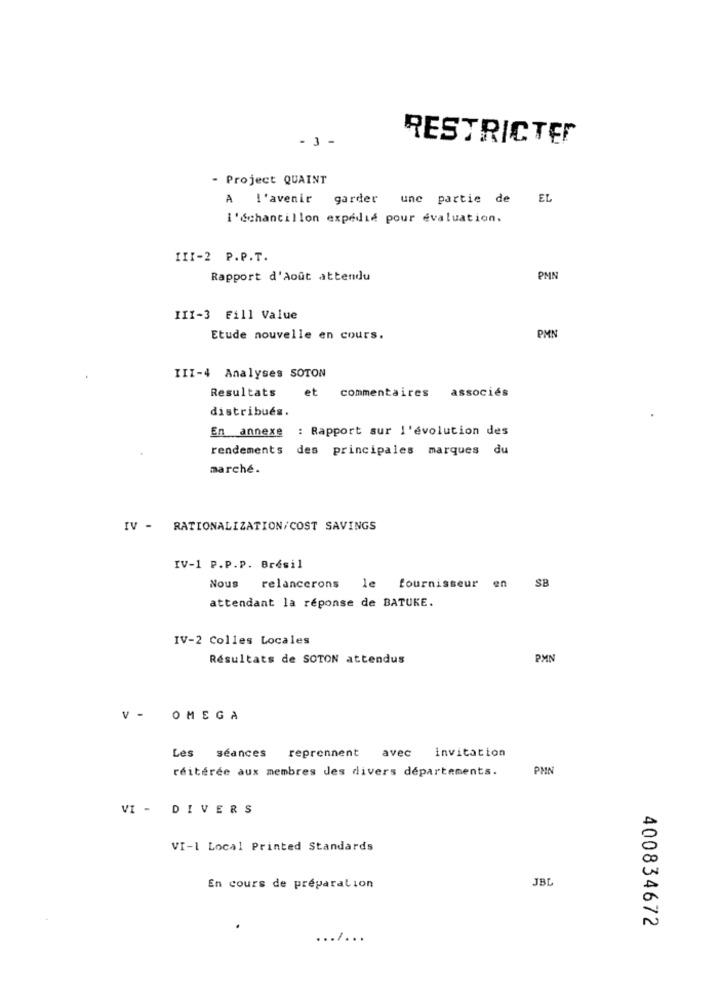
- 3 -
RESTRICTEr
- Project QUAINT
A l'avenir garder une partie de
EL
l'échantillon expedie pour evaluation.
III-2 P.P.T.
Rapport d'Août attendu
PMN
III-3 Fill Value
Etude nouvelle en cours.
PMN
III-4 Analyses SOTON
Resultats
et commentaires associés
distribués.
En annexe
: Rapport sur l'évolution des
rendements des principales marques du
marché.
IV - RATIONALIZATION/COST SAVINGS
IV-1 P.P.P. Brésil
Nous relancerons le fournisseur en SB
attendant la réponse de BATUKE.
IV-2 Colles Locales
Résultats de SOTON attendus
PM
V - OMEGA
avec invitation
Les séances reprennent
réitérée aux membres des divers departements.
PHN
VI - DIVERS
VI-I Local Printed Standards
JBL
En cours de préparation
400834672
.......